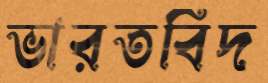
ভারতবিদ